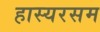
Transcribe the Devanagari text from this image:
हास्यरसम